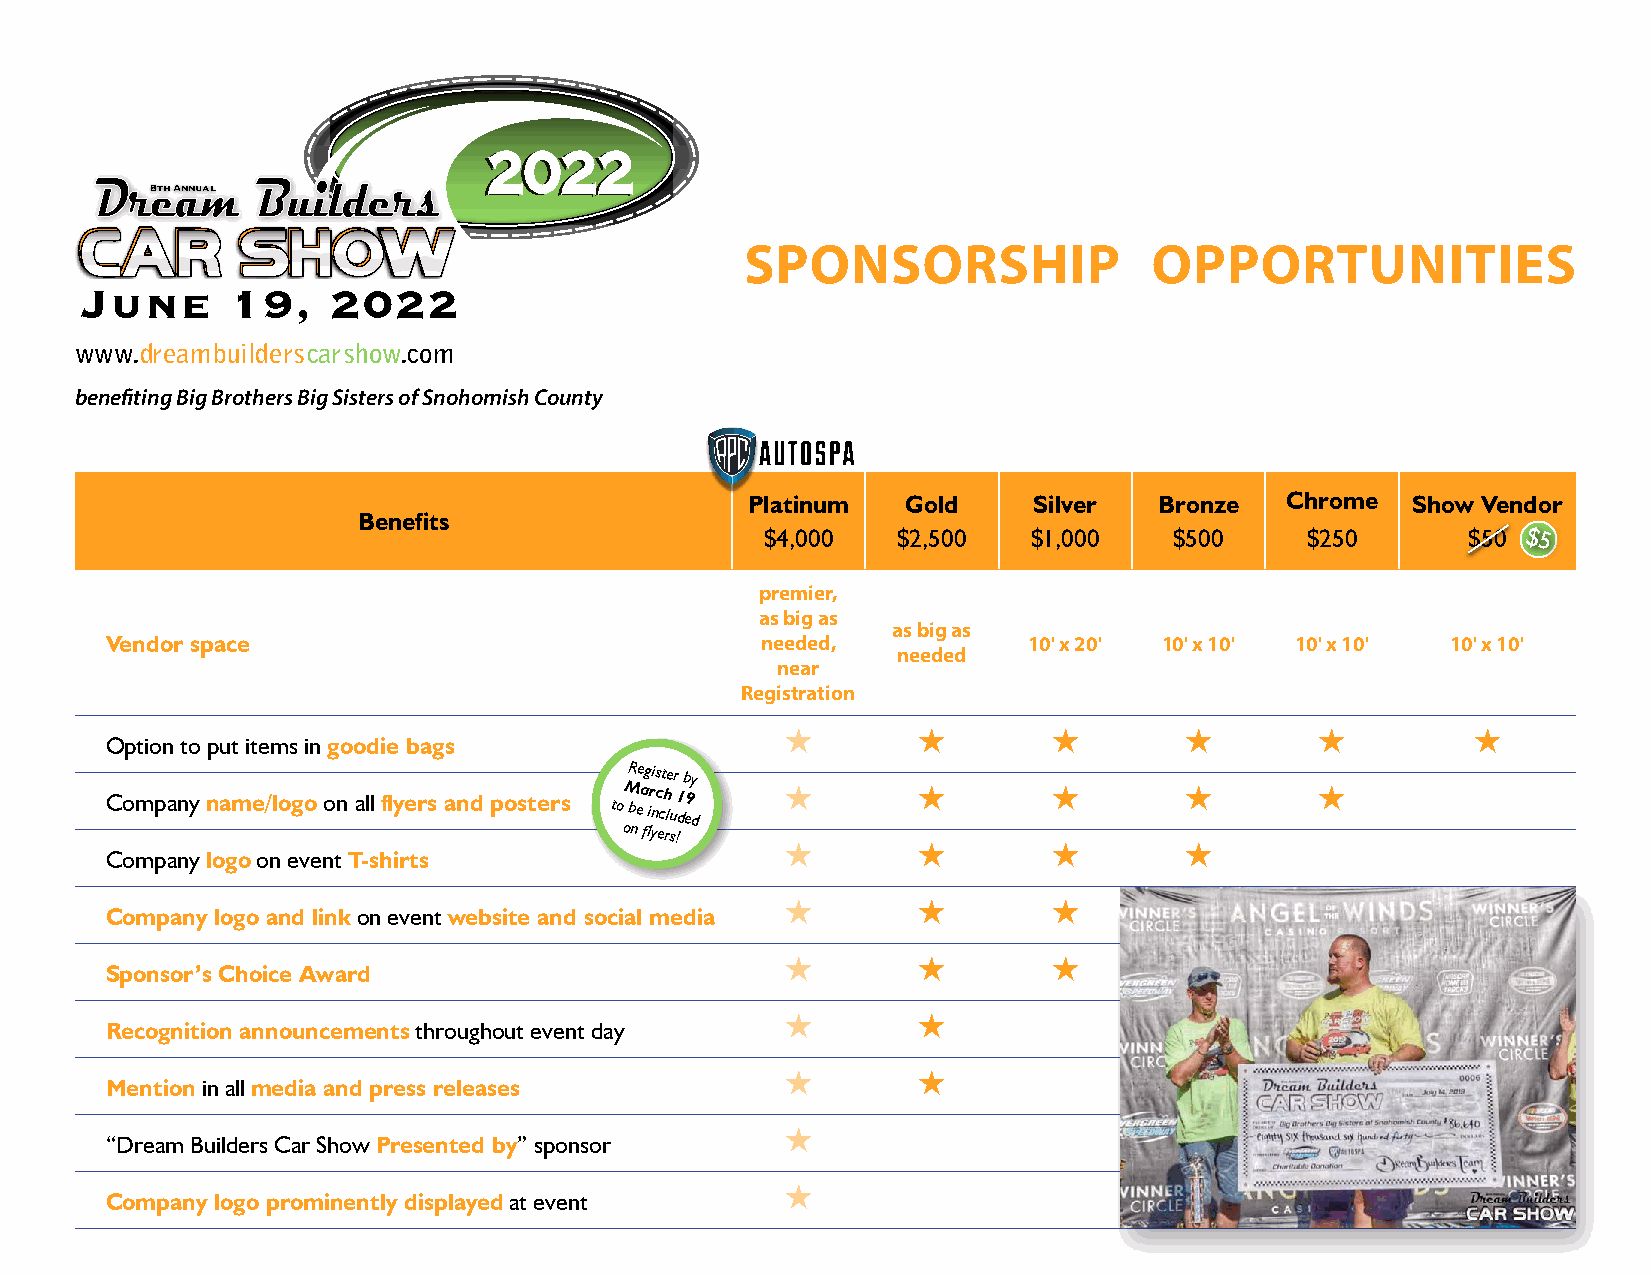
22002222
 88tthh AAnnnnuuaall
 SPONSORSHIP                OPPORTUNITIES
 June      19,    2022
 www.dreambuilderscarshow.com
 benefiting Big Brothers Big Sisters of Snohomish County
 Platinum   Gold    Silver   Bronze  Chrome  Show Vendor
 Benefits
 $4,000  $2,500   $1,000    $500    $250       $50 $5
 premier,
 as big as
 as big as
 Vendor space                               needed,           10' x 20' 10' x 10' 10' x 10' 10' x 10'
 needed
 near
 Registration
                                         
 Option to put items in goodie bags
 Register
 by
 Company name/logo on all flyers and posters to M bea ir nc ch
 lu
 1 de9
 d
                                
 on flyers!
                        
 Company logo on event T-shirts
                
 Company logo and link on event website and social media
                
 Sponsor’s Choice Award
         
 Recognition announcements throughout event day
         
 Mention in all media and press releases
 
 “Dream Builders Car Show Presented by” sponsor
 
 Company logo prominently displayed at event